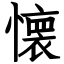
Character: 懐